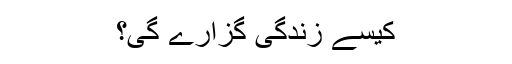
کیسے زندگی گزارے گی؟